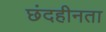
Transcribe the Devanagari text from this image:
छंदहीनता